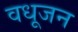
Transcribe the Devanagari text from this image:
वधूजन